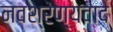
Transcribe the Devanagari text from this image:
नवश्रेण्यवाद